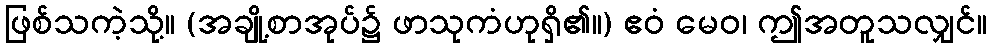
ဖြစ်သကဲ့သို့။ (အချို့စာအုပ်၌ ဖာသုကံဟုရှိ၏။) ဧဝံ မေဝ၊ ဤအတူသလျှင်။